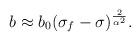
LaTeX: \begin{align*}{b\approx b_0(\sigma_f-\sigma)^{\frac{2}{\alpha^2}}.}\end{align*}